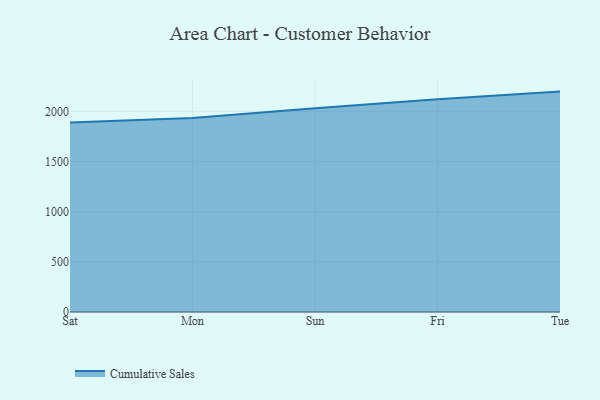
{"axis": {"x": "Day", "y": "Population (Million)"}, "legend": ["Cumulative Sales"], "data": [{"x": "Sat", "y": 1888.1, "type": "Cumulative Sales"}, {"x": "Mon", "y": 1934.8, "type": "Cumulative Sales"}, {"x": "Sun", "y": 2030.3, "type": "Cumulative Sales"}, {"x": "Fri", "y": 2121.5, "type": "Cumulative Sales"}, {"x": "Tue", "y": 2197.1, "type": "Cumulative Sales"}]}